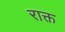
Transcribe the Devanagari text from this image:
राक्त